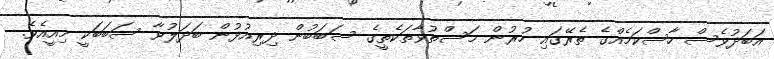
އަބަދުވެސް ހާސްކަމެއްގެ ތެރޭގައި ހުރުން މަސްތުވާތަކެތީގެ ސަބަބުން ދިރިއުޅުން ބަދަލުވާ ސަބަބަކީ މިއީއެވެ.